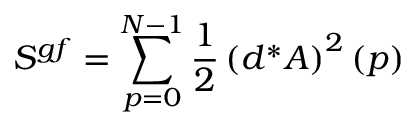
S ^ { g f } = \sum _ { p = 0 } ^ { N - 1 } \frac { 1 } { 2 } \left( d ^ { \ast } A \right) ^ { 2 } ( p )